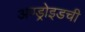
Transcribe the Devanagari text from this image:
अण्ड्रोइडची